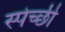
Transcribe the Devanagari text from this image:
स्पेच्छी